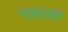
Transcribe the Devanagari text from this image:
माशावर